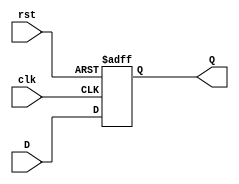
module state_reg(D,clk,rst,Q);

input[3:0] D;
input clk, rst;
output reg [3:0] Q;

always @(posedge clk or posedge rst) begin

	if (rst == 1'b1)
		Q <= 4'b000;
	else 
		Q <= D;
	end
	
endmodule